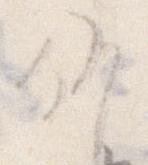
候